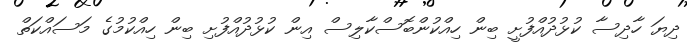
ދިޔަ ހާދިސާ ކުޅުދުއްފުށީ ބިން ހިއްކުންބޮސްކާލިސް އިން ކުޅުދުއްފުށި ބިން ހިއްކުމުގެ މަސައްކަތް